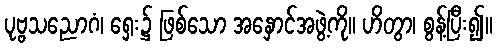
ပုဗ္ဗသညောဂံ၊ ရှေး၌ ဖြစ်သော အနှောင်အဖွဲ့ကို။ ဟိတွာ၊ စွန့်ပြီး၍။